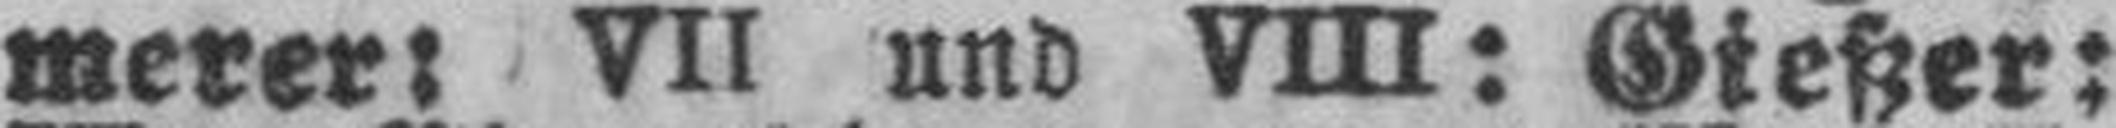
merer: VII und VIII: Gießer: